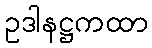
ဥဒါနဋ္ဌကထာ